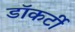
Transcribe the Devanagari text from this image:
डॉकर्टी